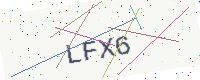
Text: LFX6